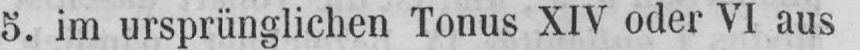
5. im ursprünglichen Tonus XIV oder VI aus